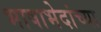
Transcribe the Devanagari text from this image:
भाषाभेदांच्या